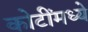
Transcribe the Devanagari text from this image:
कोटींमध्ये